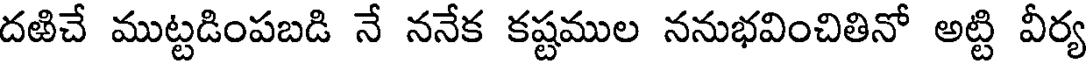
దఱిచే ముట్టడింపబడి నే ననేక కష్టముల ననుభవించితినో అట్టి వీర్య